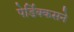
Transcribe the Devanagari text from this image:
पेर्डिक्कसने